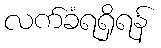
လက်ခံရရှိရန်